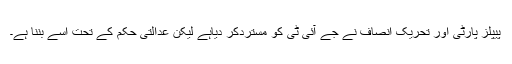
پیپلز پارٹی اور تحریک انصاف نے جے آئی ٹی کو مستردکر دیاہے لیکن عدالتی حکم کے تحت اسے بننا ہے۔